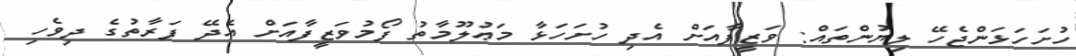
ހުށަހަޅަންޖެހޭ ލިޔުންތައް: ވަޒީފާއަށް އެދި ހުށަހަޅާ މަޢުލޫމާތު ފޯމުވަޒީފާއަށް އެދޭ ފަރާތުގެ ދިވެހި